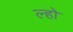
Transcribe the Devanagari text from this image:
ल्हो